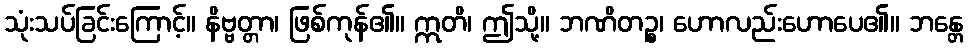
သုံးသပ်ခြင်းကြောင့်။ နိဗ္ဗတ္တာ၊ ဖြစ်ကုန်၏။ ဣတိ၊ ဤသို့။ ဘဏိတဉ္စ၊ ဟောလည်းဟောပေ၏။ ဘန္တေ